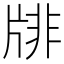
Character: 𤗋